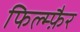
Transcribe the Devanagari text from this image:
फिल्म्फ़ैर